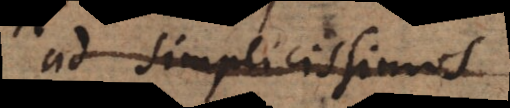
ad simplicissimos